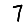
Digit: 7